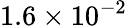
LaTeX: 1.6\times 10^{-2}